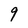
Character: 9